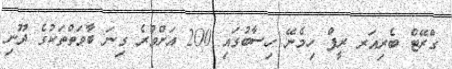
ގްރޭޓް ބެރިއަރ ރީފް ހިމެނޭ ހިސާބުގައި 200 އަށްވުރެ ގިނަ ބާވަތްތަކުގެ ދޫނި